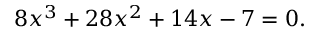
8 x ^ { 3 } + 2 8 x ^ { 2 } + 1 4 x - 7 = 0 .